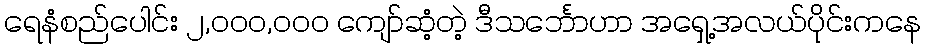
ရေနံစည်ပေါင်း ၂,၀၀၀,၀၀၀ ကျော်ဆံ့တဲ့ ဒီသင်္ဘောဟာ အရှေ့အလယ်ပိုင်းကနေ